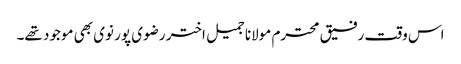
اس وقت رفیق محترم مولانا جمیل اختر رضوی پور نوی بھی موجود تھے۔